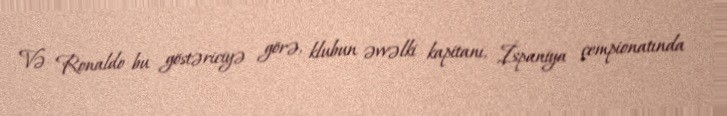
Və Ronaldo bu göstəriciyə görə, klubun əvvəlki kapitanı, İspaniya çempionatında